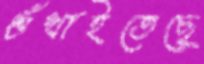
শুঁখাইতেছে